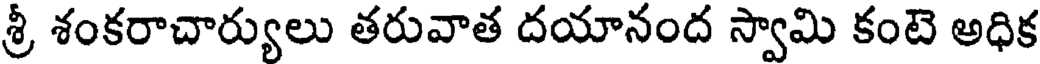
శ్రీ శంకరాచార్యులు తరువాత దయానంద స్వామి కంటె అధిక